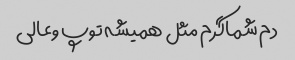
دم شماگرم مثل همیشه توپ وعالی